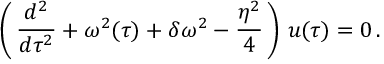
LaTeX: \left( \, \frac { d ^ { 2 } } { d \tau ^ { 2 } } + \omega ^ { 2 } ( \tau ) + \delta \omega ^ { 2 } - \frac { \eta ^ { 2 } } { 4 } \, \right) \, u ( \tau ) = 0 \, .